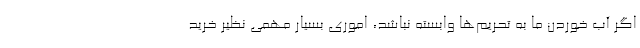
اگر آب خوردن ما به تحریم‌ها وابسته نباشد، اموری بسیار مهمی نظیر خرید